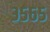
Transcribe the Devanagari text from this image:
३५६५